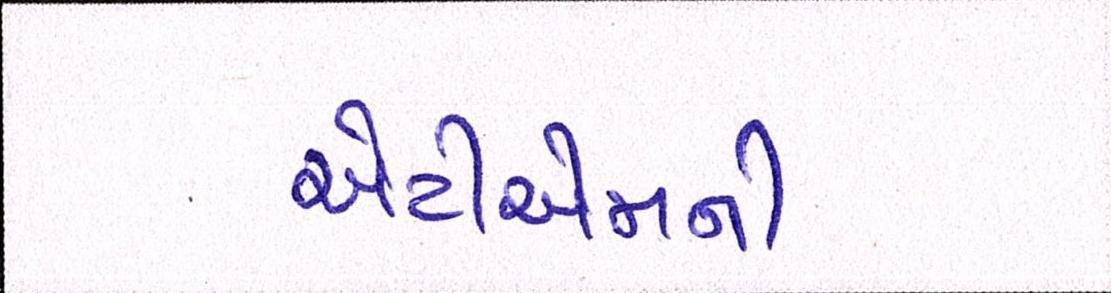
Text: એટીએમની